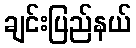
ချင်းပြည်နယ်